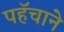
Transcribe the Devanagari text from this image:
पहॅचाने